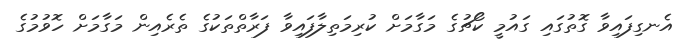
އެނގިފައިވާ ގޮތުގައި ގައުމީ ކޯޗުގެ މަގާމަށް ކުރިމަތިލާފައިވާ ފަރާތްތަކުގެ ތެރެއިން މަގާމަށް ހޮވުމުގެ